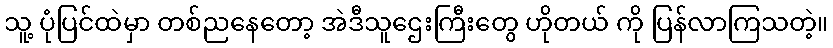
သူ့ ပုံပြင်ထဲမှာ တစ်ညနေတော့ အဲဒီသူဌေးကြီးတွေ ဟိုတယ် ကို ပြန်လာကြသတဲ့။